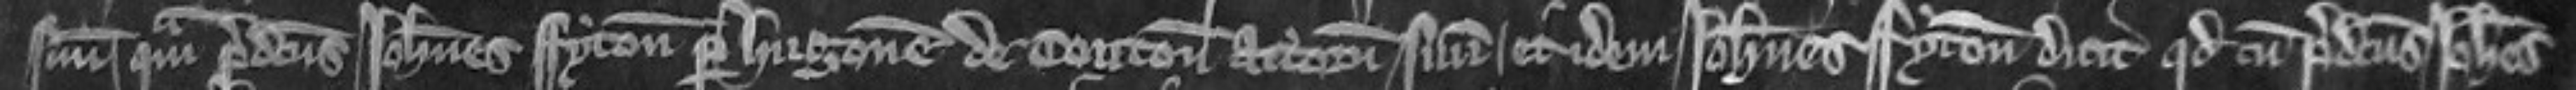
suum quam predictus Johannes Fyton per Hugonem de Touton attornatum suum. et idem Johannes Fyton dicit quod cum predictus Johannes